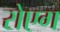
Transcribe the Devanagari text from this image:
रोएग